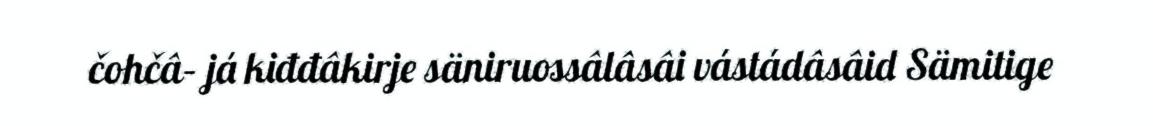
čohčâ– já kiđđâkirje säniruossâlâsâi vástádâsâid Sämitige